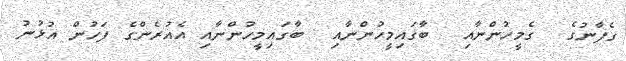
ގެފާނުގެ  ގެމީހުންނާއި  ބާގައިމީހުންނާއި  ބާގައިމީހުންނާއި އެއުރެންގެ ފަހުން އުޅުނު